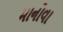
માનોવા